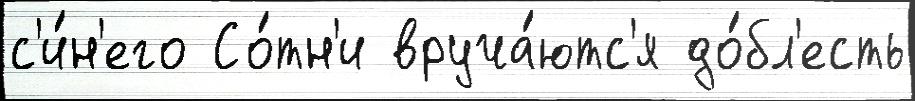
с'и́н'его Со́тн'и вруча́ютс'я до́бл'есть